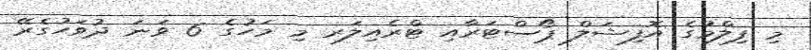
މި ފިލްމުގެ އޮފިޝަލް ޕޯސްޓަރާއި ޓްރެއިލަރ މި މަހުގެ 6 ވަނަ ދުވަހުގެރޭ